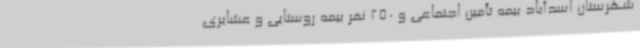
شهرستان اسدآباد بیمه تأمین اجتماعی و 250 نفر بیمه روستایی و عشایری